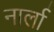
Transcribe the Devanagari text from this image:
नार्ला